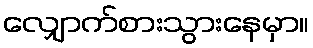
လျှောက်စားသွားနေမှာ။